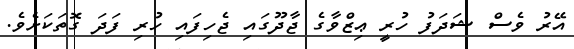
އޭރު ވެސް ޝަދަފު ހުރީ ޢިޒްވާގެ ޖާދޫގައި ޖެހިފައި ހުރި ފަދަ ގޮތަކަށެވެ.